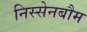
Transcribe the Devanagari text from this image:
निस्सेनबौम